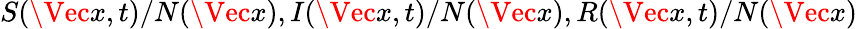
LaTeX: S(\Vec{x},t)/N(\Vec{x}),I(\Vec{x},t)/N(\Vec{x}),R(\Vec{x},t)/N(\Vec{x})